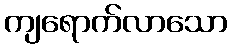
ကျရောက်လာသော